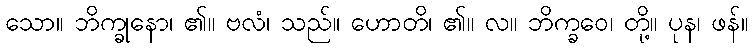
သော။ ဘိက္ခုနော၊ ၏။ ဗလံ၊ သည်။ ဟောတိ၊ ၏။ လ။ ဘိက္ခဝေ၊ တို့။ ပုန၊ ဖန်။